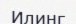
Илинг